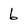
Character: 6